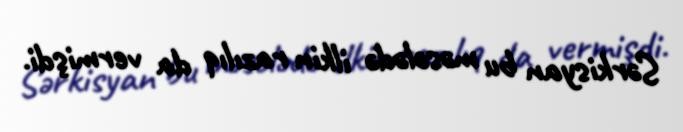
Sərkisyan bu məsələdə ilkin razılıq da vermişdi.